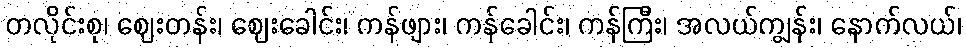
တလိုင်းစု၊ ဈေးတန်း၊ ဈေးခေါင်း၊ ကန်ဖျား၊ ကန်ခေါင်း၊ ကန်ကြီး၊ အလယ်ကျွန်း၊ နောက်လယ်၊